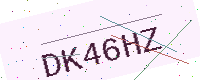
Text: DK46HZ